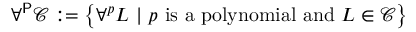
\forall ^ { \mathsf { P } } { \mathcal { C } } : = \left\{ \forall ^ { p } L \ | \ p { \mathrm { ~ i s ~ a ~ p o l y n o m i a l ~ a n d ~ } } L \in { \mathcal { C } } \right\}